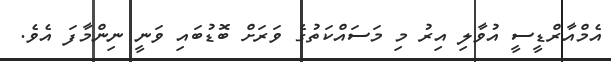
އެމްއާރްޑީސީ އުވާލި އިރު މި މަސައްކަތުގެ ވަރަށް ބޮޑުބައި ވަނީ ނިންމާފަ އެވެ.